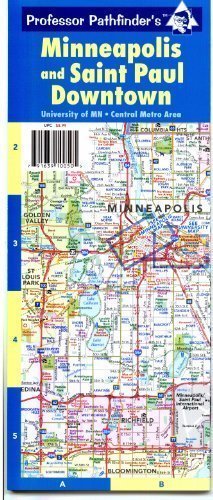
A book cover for Minneapolis and Saint Paul Downtown; Hedberg Maps Inc; Travel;